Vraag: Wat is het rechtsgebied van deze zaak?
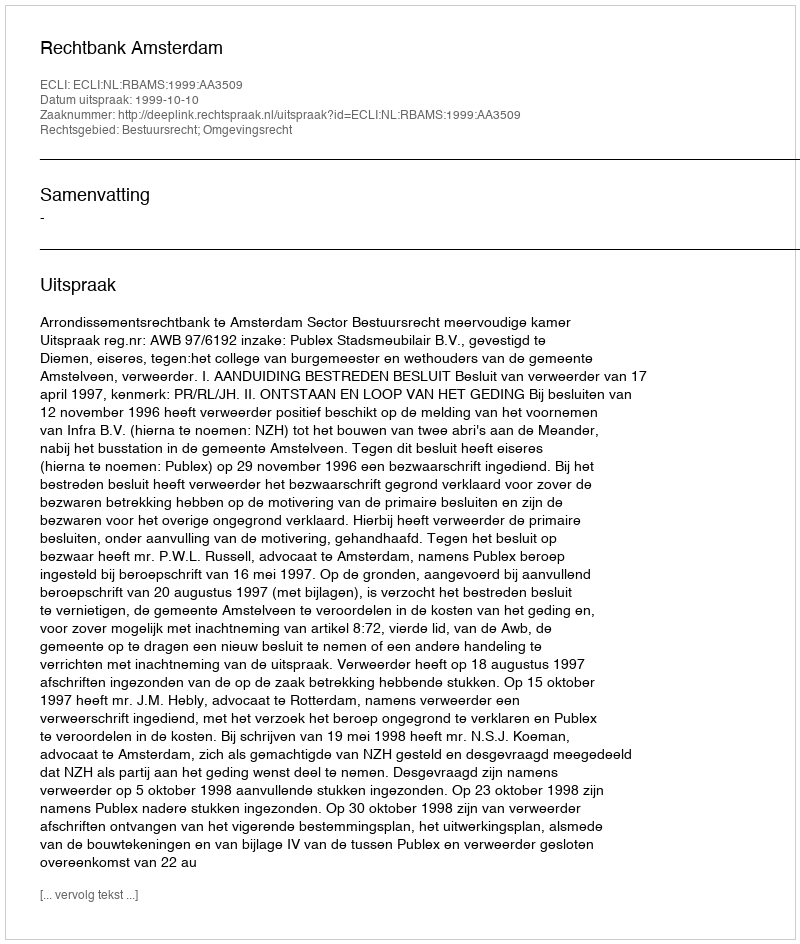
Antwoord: Bestuursrecht; Omgevingsrecht